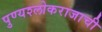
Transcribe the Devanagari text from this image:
पुण्यश्लोकराजाची